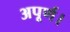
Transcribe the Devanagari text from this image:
अपूर्ण।